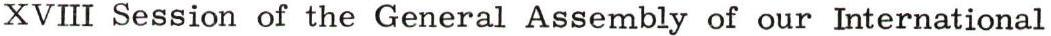
XVIII Session of the General Assembly of our International